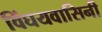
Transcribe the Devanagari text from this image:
विंघयवासिनी